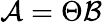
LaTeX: {\mathcal{A}}=\Theta{\mathcal{B}}